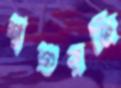
শ্বশুরজি